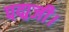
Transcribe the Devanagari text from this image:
पद्मजी।